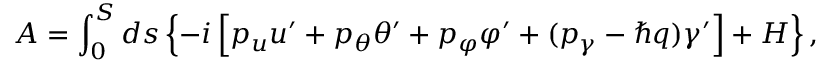
A = \int _ { 0 } ^ { S } d s \left\{ - i \left[ p _ { u } u ^ { \prime } + p _ { \theta } \theta ^ { \prime } + p _ { \varphi } \varphi ^ { \prime } + ( p _ { \gamma } - \hbar q ) \gamma ^ { \prime } \right] + H \right\} ,